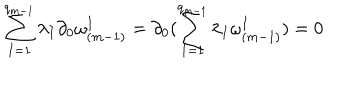
\sum _ { I = 1 } ^ { q _ { m - 1 } } \lambda _ { I } \partial _ { 0 } \omega _ { ( m - 1 ) } ^ { I } = \partial _ { 0 } ( \sum _ { I = 1 } ^ { q _ { m - 1 } } \lambda _ { I } \omega _ { ( m - 1 ) } ^ { I } ) = 0